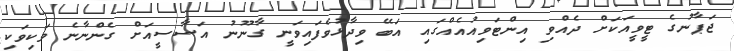
ޖަޕާނުގެ ޓީވީއަކަށް ދެއްވި އިންޓަވިއުއެއްގައި އަބޭ ވިދާޅުވެފައިވަނީ ގާނޫނު އަސާސީއަށް ގެންނާނެ ވަކިވަކި